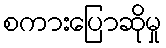
စကားပြောဆိုမှု